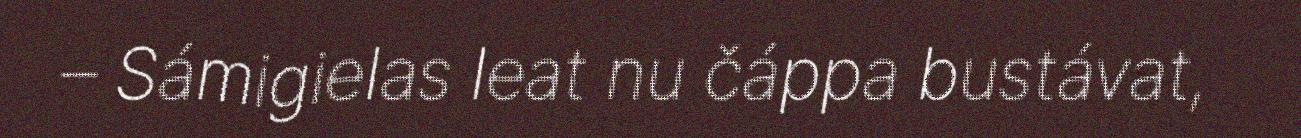
– Sámigielas leat nu čáppa bustávat,